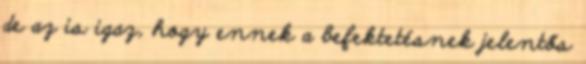
de az is igaz, hogy ennek a befektetésnek jelentős